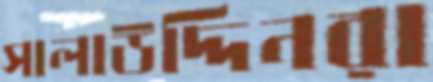
সালাউদ্দিনরা